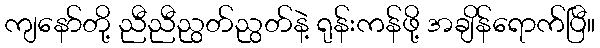
ကျနော်တို့ ညီညီညွတ်ညွတ်နဲ့ ရုန်းကန်ဖို့ အချိန်ရောက်ပြီ။